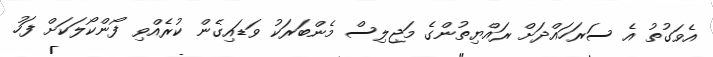
އެވަގުތު އެ ސަރަހައްދަށް ރައްޔިތުންގެ މަޖިލިސް މެންބަރަކު ވަޑައިގެން ކުރެއްވި ފޯންކޯލަކަށް ފަހު